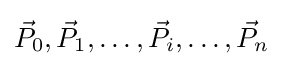
{\vec {P}}_{0},{\vec {P}}_{1},\ldots ,{\vec {P}}_{i},\ldots ,{\vec {P}}_{n}